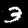
Digit: 3